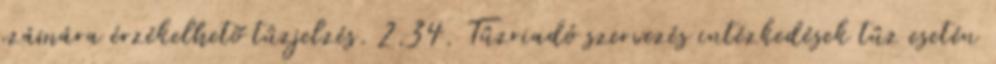
számára érzékelhetõ tûzjelzés. 2.34. Tûzriadó szervezés intézkedések tûz esetén